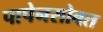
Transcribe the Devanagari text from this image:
पापेनसोबत